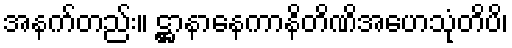
အနက်တည်း။ ဋ္ဌာနာနေကာနိတိဏိအဟေသုံတိပိ၊